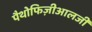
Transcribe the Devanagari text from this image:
पैथोफिज़ीआलजी